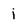
Character: j